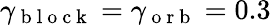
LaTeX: \gamma_{\mathrm{~b~l~o~c~k~}}=\gamma_{\mathrm{~o~r~b~}}=0.3